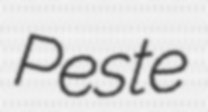
Peste